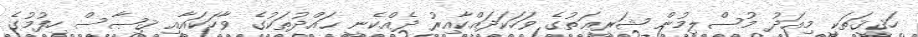
ހަޤީޤަތަކީ މިއަދު މުސްލިމުން ޝަރީޢަތުގެ ވަހަކަދައްކާއިރު ދެއްކެނީ ޙައްދުތަކުގެ ވާހަކައާއި ޤިޞާސް ހިފުމުގެ